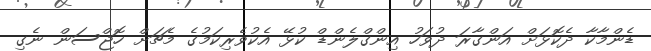
ޑެންމާކާ ދެކޮޅަށް އަންގާރަ ދުވަހު އިންގްލެންޑް ކުޅޭ އެކުވެރިކަމުގެ މެޗަށް ހޮޖްސަން ނެގި